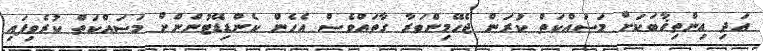
އަދި އިންތިޚާބަކަށް މަސައްކަތް ކުރަން ޖެހޭމިންވަރާ ގާތައްވެސް އެހެން ކެންޑިޑޭޓުންންށް މަސައްކަތް ކުރެވިފައި